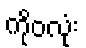
ကိုဝလုံး